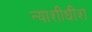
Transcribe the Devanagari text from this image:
न्‍याशीधीश